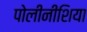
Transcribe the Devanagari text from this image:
पोलीनीशिया